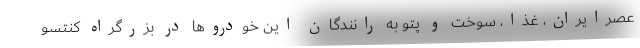
عصرایران، غذا، سوخت و پتو به رانندگان این خودروها در بزرگراه کنتسو